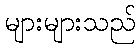
များများသည်